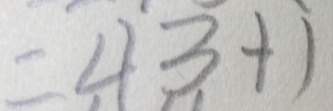
= 4 3 + 1